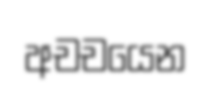
අචචයෙන